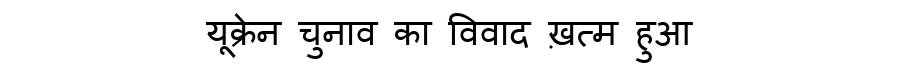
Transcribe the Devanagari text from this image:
यूक्रेन चुनाव का विवाद ख़त्म हुआ